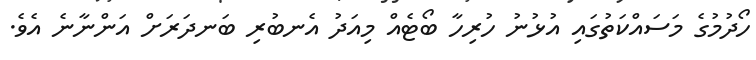
ހޯދުމުގެ މަސައްކަތުގައި އުޅުނު ހުރިހާ ބޯޓެއް މިއަދު އެނބުރި ބަނދަރަށް އަންނާނެ އެވެ.